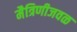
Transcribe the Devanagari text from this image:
मैत्रिणीजवळ